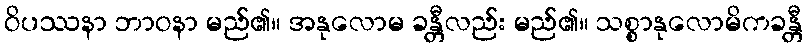
ဝိပဿနာ ဘာဝနာ မည်၏။ အနုလောမ ခန္တီလည်း မည်၏။ သစ္စာနုလောမိကခန္တီ